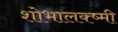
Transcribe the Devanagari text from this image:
शोभालक्ष्मी